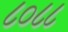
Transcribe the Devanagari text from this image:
८०८८